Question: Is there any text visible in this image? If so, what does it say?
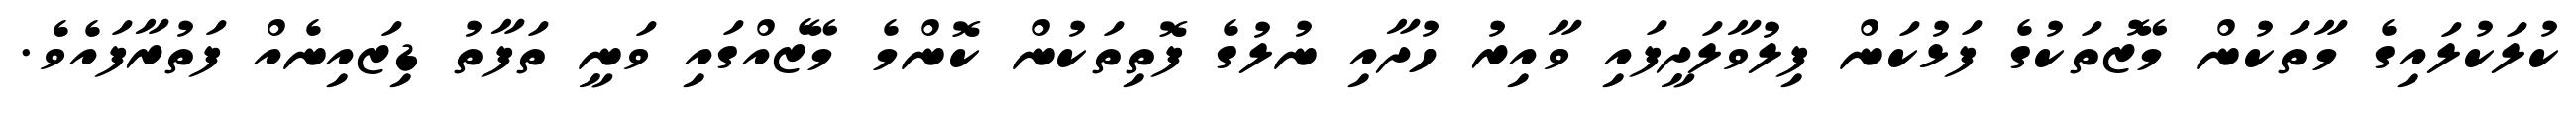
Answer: ކުލަކުލައިގެ މާތަކުން މޭޒުތަކުގެ ފަޅުކަން ފިލުވާލަދީފައި ވާއިރު ހުދާއި ނުލުގެ ފޮތިތަކުން ކޮންމެ މޭޒެއްގައި ވަނީ ތަފާތު ޑިޒައިނެއް ފަތުރާފައެވެ.